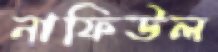
নাফিউল